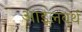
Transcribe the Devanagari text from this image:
आइलवर्थ